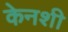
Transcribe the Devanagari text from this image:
केनशी